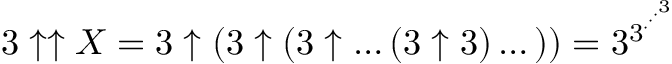
3 \uparrow \uparrow X = 3 \uparrow ( 3 \uparrow ( 3 \uparrow \dots ( 3 \uparrow 3 ) \dots ) ) = 3 ^ { 3 ^ { \cdot ^ { \cdot ^ { \cdot ^ { 3 } } } } }